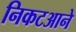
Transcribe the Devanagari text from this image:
निकटआने